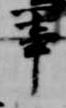
事